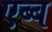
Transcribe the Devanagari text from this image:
एब्ब